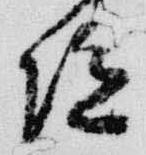
陀